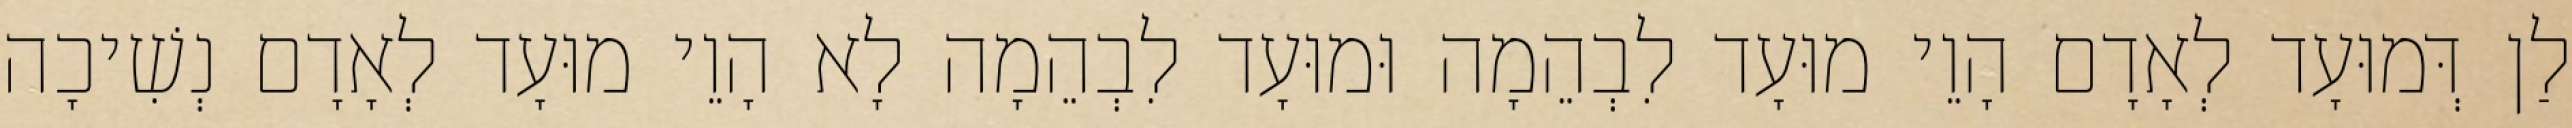
לַן דְּמוּעָד לְאָדָם הָוֵי מוּעָד לִבְהֵמָה וּמוּעָד לִבְהֵמָה לָא הָוֵי מוּעָד לְאָדָם נְשִׁיכָה